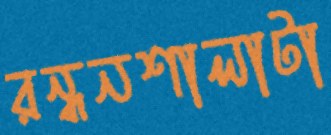
রন্ধনশালাটা